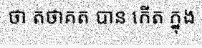
ថា តថាគត បាន កើត ក្នុង